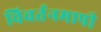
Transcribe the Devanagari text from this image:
विवर्तनमापी